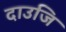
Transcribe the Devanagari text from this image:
दाउजि